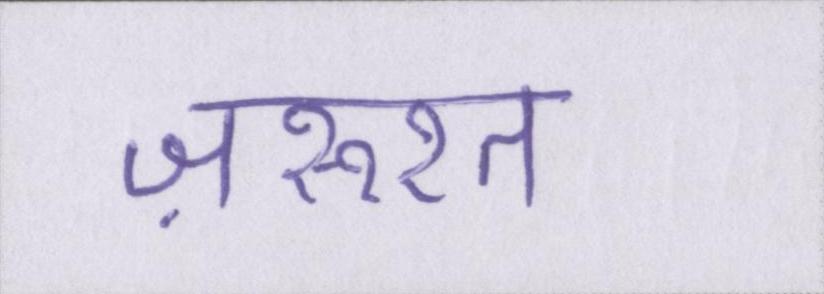
ज़रूरत